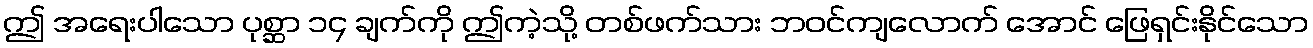
ဤ အရေးပါသော ပုစ္ဆာ ၁၄ ချက်ကို ဤကဲ့သို့ တစ်ဖက်သား ဘဝင်ကျလောက် အောင် ဖြေရှင်းနိုင်သော